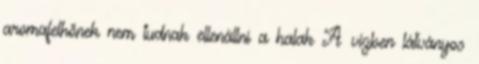
aromafelhőnek nem tudnak ellenállni a halak A vízben látványos